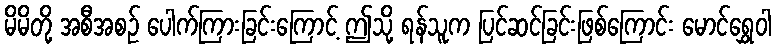
မိမိတို့ အစီအစဉ် ပေါက်ကြားခြင်းကြောင့် ဤသို့ ရန်သူက ပြင်ဆင်ခြင်းဖြစ်ကြောင်း မောင်ရွှေဝါ